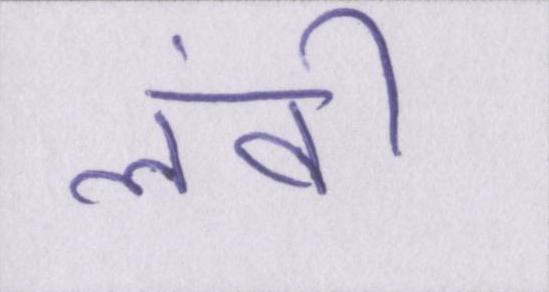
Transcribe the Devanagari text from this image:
लंबी